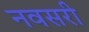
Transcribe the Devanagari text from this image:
नवसरी